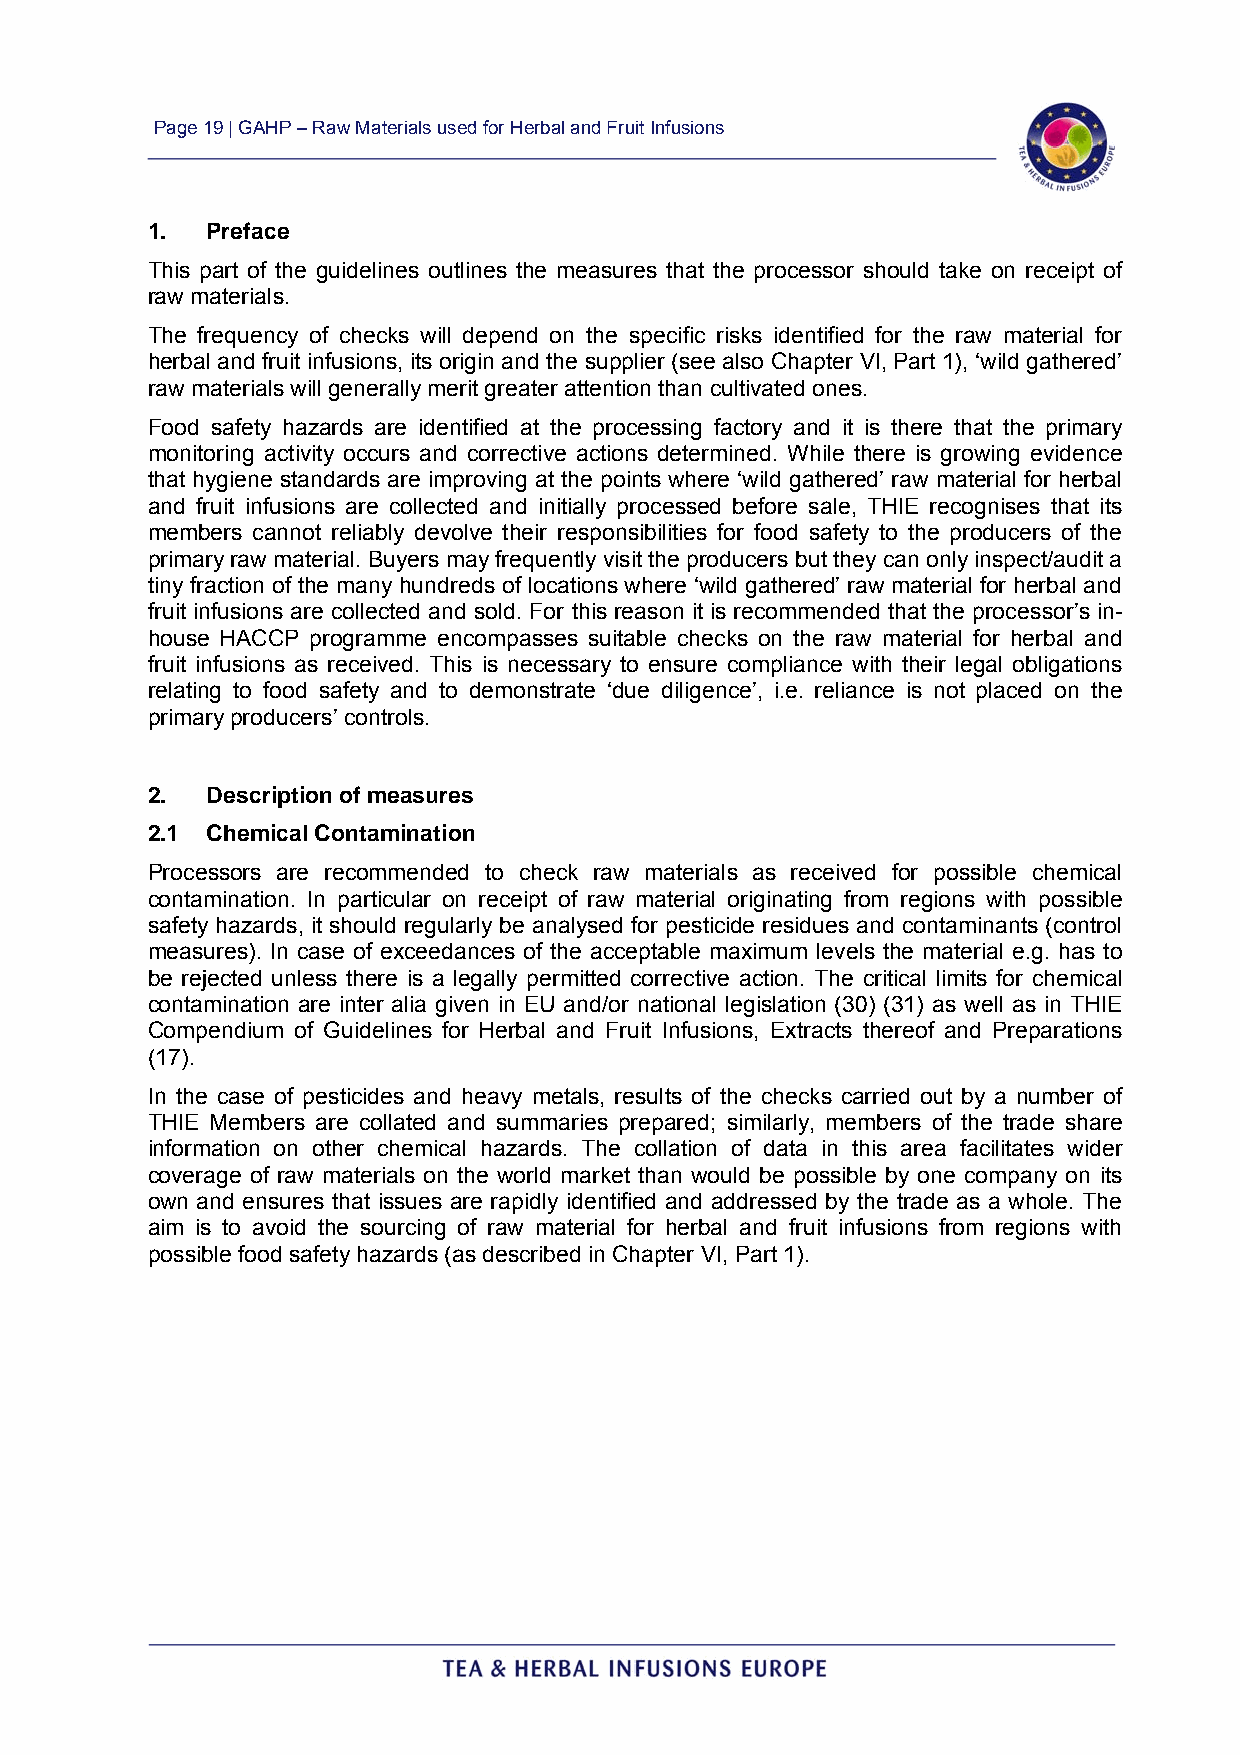
Page 19 | GAHP – Raw Materials used for Herbal and Fruit Infusions
 1.  Preface
 This part of the guidelines outlines the measures that the processor should take on receipt of
 raw materials.
 The frequency of checks will depend on the specific risks identified for the raw material for
 herbal and fruit infusions, its origin and the supplier (see also Chapter VI, Part 1), ‘wild gathered’
 raw materials will generally merit greater attention than cultivated ones.
 Food safety hazards are identified at the processing factory and it is there that the primary
 monitoring activity occurs and corrective actions determined. While there is growing evidence
 that hygiene standards are improving at the points where ‘wild gathered’ raw material for herbal
 and fruit infusions are collected and initially processed before sale, THIE recognises that its
 members cannot reliably devolve their responsibilities for food safety to the producers of the
 primary raw material. Buyers may frequently visit the producers but they can only inspect/audit a
 tiny fraction of the many hundreds of locations where ‘wild gathered’ raw material for herbal and
 fruit infusions are collected and sold. For this reason it is recommended that the processor’s in-
 house HACCP programme encompasses suitable checks on the raw material for herbal and
 fruit infusions as received. This is necessary to ensure compliance with their legal obligations
 relating to food safety and to demonstrate ‘due diligence’, i.e. reliance is not placed on the
 primary producers’ controls.
 2.  Description of measures
 2.1 Chemical Contamination
 Processors are recommended to check raw materials as received for possible chemical
 contamination. In particular on receipt of raw material originating from regions with possible
 safety hazards, it should regularly be analysed for pesticide residues and contaminants (control
 measures). In case of exceedances of the acceptable maximum levels the material e.g. has to
 be rejected unless there is a legally permitted corrective action. The critical limits for chemical
 contamination are inter alia given in EU and/or national legislation (30) (31) as well as in THIE
 Compendium of Guidelines for Herbal and Fruit Infusions, Extracts thereof and Preparations
 (17).
 In the case of pesticides and heavy metals, results of the checks carried out by a number of
 THIE Members are collated and summaries prepared; similarly, members of the trade share
 information on other chemical hazards. The collation of data in this area facilitates wider
 coverage of raw materials on the world market than would be possible by one company on its
 own and ensures that issues are rapidly identified and addressed by the trade as a whole. The
 aim is to avoid the sourcing of raw material for herbal and fruit infusions from regions with
 possible food safety hazards (as described in Chapter VI, Part 1).